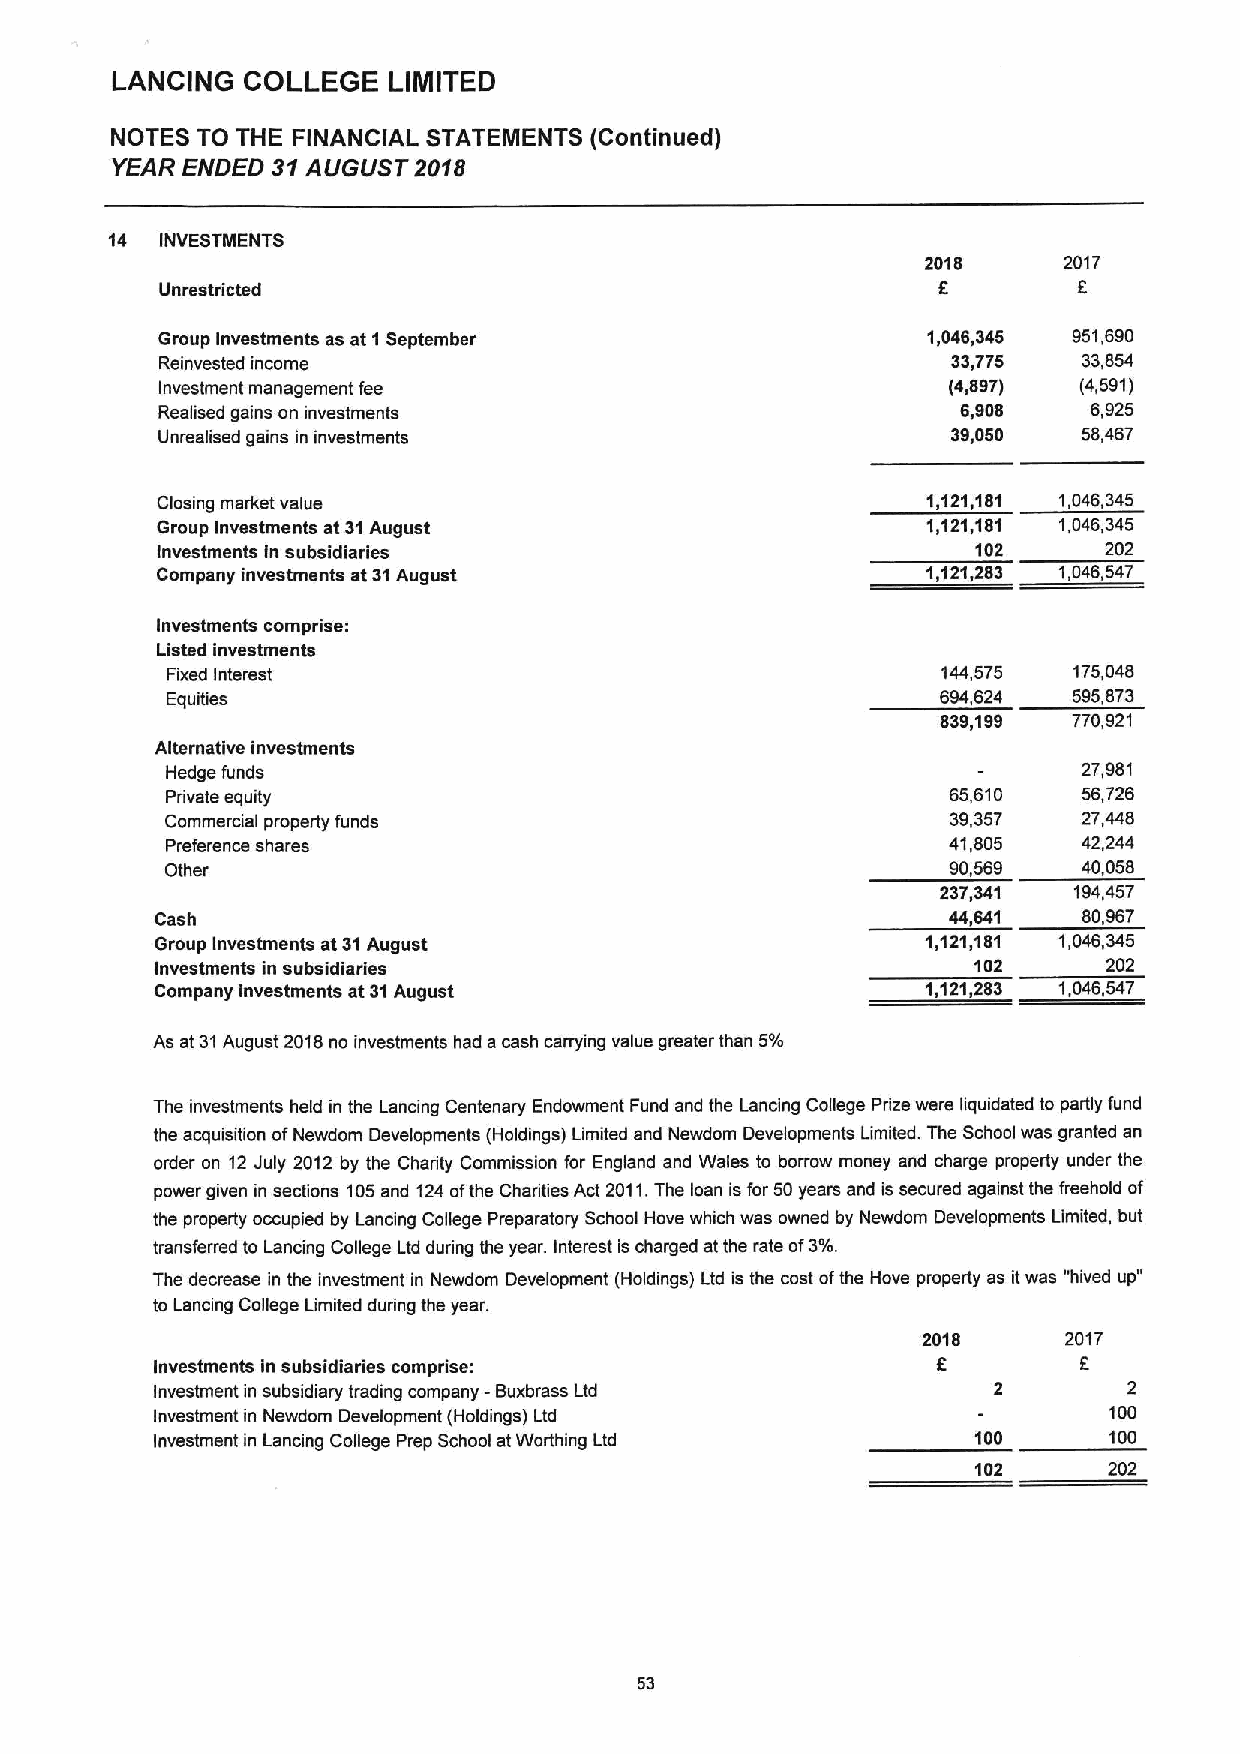
LANCING  COLLEGE   LIMITED
 NOTES TO THE FINANCIAL STATEIIIIENTS (Continued)
 YEAR ENDED 31AUGUS1 2018
 14  INVESTMENTS
 2018     2017
 Unrestricted                                       8        E
 Group Investments as at 1 September                1,046,345 951,690
 Reinvested income                                   33,775   33,854
 Investment management fee                           (4,897)  (4,591)
 Realised gains on investments                         6,908   6,925
 Unrealised gains in investments                      39,060   58,467
 Closing market value                               1,121,181 1,046,345
 Group Investments at 31August                      1,121,181 1,046,345
 Investments in subsidiaries                            102     202
 Company investments at 31August                    1,121,283 1,046,547
 Investments comprise:
 Listed investments
 Fixed Interest                                     144,575  175,048
 Equities                                           694,624  595,873
 839,199  770,921
 Alternative investments
 Hedge funds                                                  27,961
 Private equity                                      65,610   56,726
 Commercial property funds                           39,357   27,448
 Preference shares                                   41,805   42,244
 Other                                               90,569   40,058
 237,341  194,457
 Cash                                                 44,641   80,967
 Group Investments at 31August                      1,121,181 1,046,345
 Investments in subsidiaries                            102     202
 Company investments at 31August                    1,121,283 1,046,547
 As at 31August 2018no investments had acash carrying value greater than 5%
 The investments held in the Lancing Centenary Endowment Fund and the Lancing College Prize were liquidated to partly fund
 the acquisition afNewdom Developments (Holdings) Limited and Newdom Developments Limited. The School was granted an
 order on 12July 2012 by the Charity Commission for England and Wales to barrow money and charge property under the
 power given in sections 105and 124 ofthe Charities Act 2011.The loan is for 50years and is secured against the freehold of
 the property occupied by Lancing College Preparatory School Hove which was owned by Newdom Developments Limited, but
 transferred to Lancing College Ltd during the year. Interest is charged at the rate of3%.
 The decrease in the investment in Newdom Development (Holdings) Ltd is the cost ofthe Hove property as itwas "hived up"
 to Lancing College Limited during the year.
 2018      2017
 f
 Investments in subsidiaries comprise:
 Investment in subsidiary trading company -Buxbrass Ltd           2
 Investment in Newdom Development (Holdings) Ltd                100
 Investment in Lancing College Prep School at Worthing Ltd 100  100
 102     202